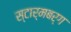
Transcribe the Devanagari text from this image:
स्टार्मबर्ग